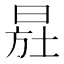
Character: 𣌷